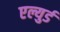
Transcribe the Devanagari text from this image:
एल्युर्ड